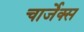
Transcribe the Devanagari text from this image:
चार्जेक्स